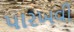
પારખવી